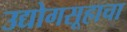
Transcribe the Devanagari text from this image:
उद्योगसूहाचा